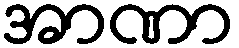
အာဏာ